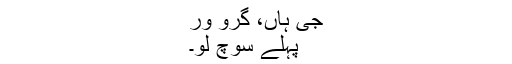
جی ہاں، گرو ور
پہلے سوچ لو۔